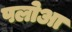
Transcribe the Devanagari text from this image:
पलोआ